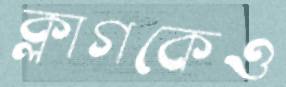
ক্লাগকেও